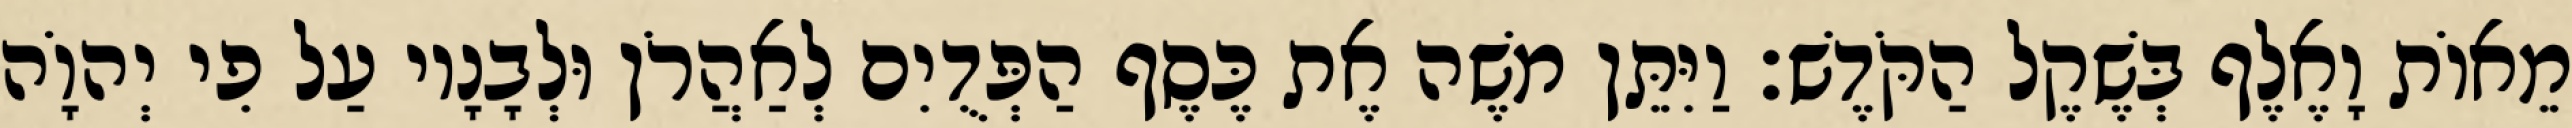
מֵאוֹת וָאֶלֶף בְּשֶׁקֶל הַקֹּדֶשׁ׃ וַיִּתֵּן משֶׁה אֶת כֶּסֶף הַפְּדֻיִם לְאַהֲרֹן וּלְבָנָיו עַל פִי יְהוָֹה